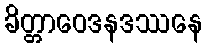
ခိတ္တာဝေဒနဒဿနေ